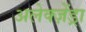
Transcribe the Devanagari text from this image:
अलेक्ज़ेंड्रा